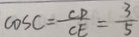
\cos C = \frac { C P } { C E } = \frac { 3 } { 5 }